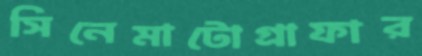
সিনেমাটোগ্রাফার